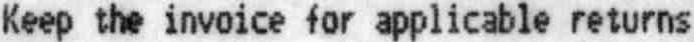
KEEP THE INVOICE FOR APPLICABLE RETURNS